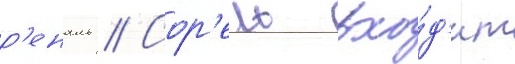
р'еналь // Сор'ель вхо́д'ит